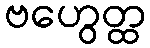
ဗဟွေတ္ထ